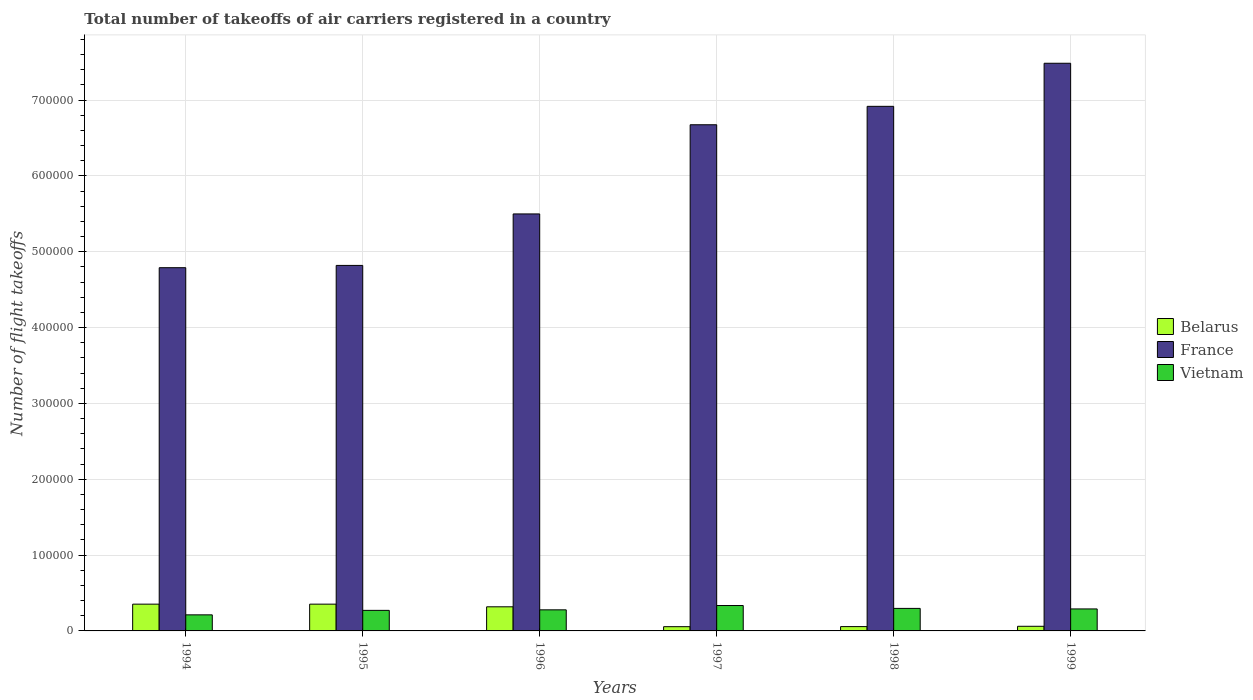
| Years | Belarus | France | Vietnam |
 | --- | --- | --- | --- |
 | 1994 | 3.53e+04 | 4.79e+05 | 2.12e+04 |
 | 1995 | 3.53e+04 | 4.82e+05 | 2.71e+04 |
 | 1996 | 3.18e+04 | 5.5e+05 | 2.78e+04 |
 | 1997 | 5.6e+03 | 6.68e+05 | 3.35e+04 |
 | 1998 | 5.7e+03 | 6.92e+05 | 2.97e+04 |
 | 1999 | 6.1e+03 | 7.49e+05 | 2.9e+04 |